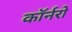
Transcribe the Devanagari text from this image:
कॉर्नरो